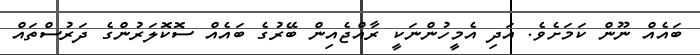
ބައެއް ނޫން ކަމަށެވެ. އަދި އެމީހުންނަކީ ރާއްޖެއިން ބޭރުގެ ބައެއް ސޮކޮލަރުންގެ ދަރުސްތައް